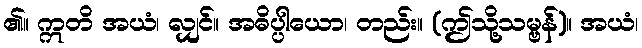
၏။ ဣတိ အယံ၊ လျှင်။ အဓိပ္ပါယော၊ တည်း။ (ဤသို့သမ္ဗန်)။ အယံ၊